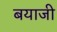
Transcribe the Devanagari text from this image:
बयाजी